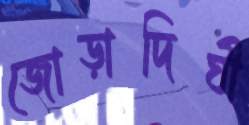
জোড়াদিঘী